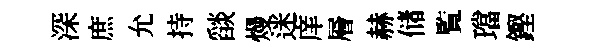
深庶允持𦦨熳迷庠層赫储覧璫鏗